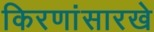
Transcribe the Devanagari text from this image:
किरणांसारखे